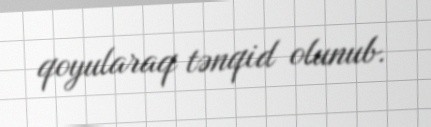
qoyularaq tənqid olunub.